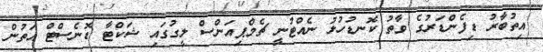
އިތުބާރު ޑިފެންޑަރުގެ ވާތު ކޮނޑުހުޅު ނެއްޓުނީ ޗެމްޕިއަންސް ލީގުގައި ޝަކްޓާ ޑޮނެސްޓް އަތުން